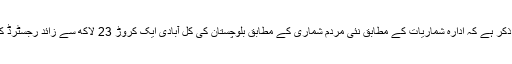
یہ امر قابل ذکر ہے کہ ادارہ شماریات کے مطابق نئی مردم شماری کے مطابق بلوچستان کی کل آبادی ایک کروڑ 23 لاکھ سے زائد رجسٹرڈ کی گئی ہے۔